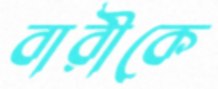
বারীকে